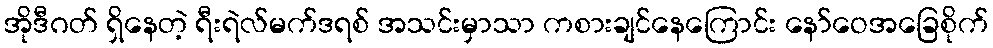
အိုဒီဂတ် ရှိနေတဲ့ ရီးရဲလ်မက်ဒရစ် အသင်းမှာသာ ကစားချင်နေကြောင်း နော်ဝေအခြေစိုက်